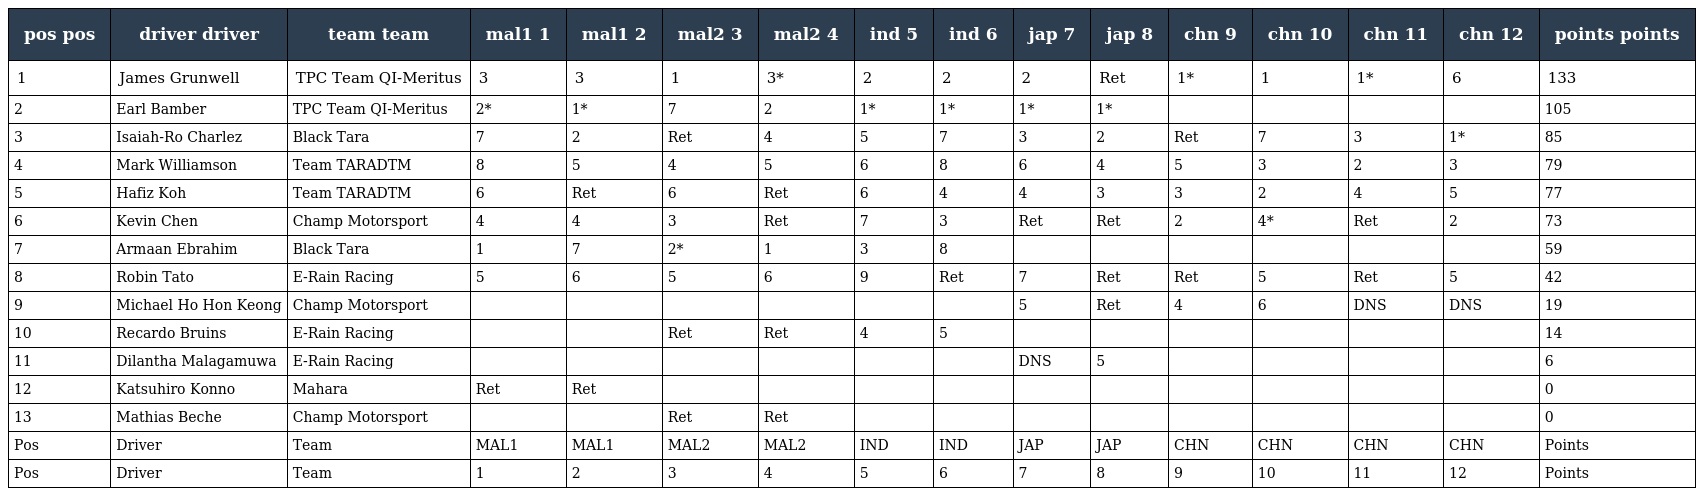
| pos pos | driver driver | team team | mal1 1 | mal1 2 | mal2 3 | mal2 4 | ind 5 | ind 6 | jap 7 | jap 8 | chn 9 | chn 10 | chn 11 | chn 12 | points points |
 | --- | --- | --- | --- | --- | --- | --- | --- | --- | --- | --- | --- | --- | --- | --- | --- |
 | 1 | James Grunwell | TPC Team QI-Meritus | 3 | 3 | 1 | 3* | 2 | 2 | 2 | Ret | 1* | 1 | 1* | 6 | 133 |
 | 2 | Earl Bamber | TPC Team QI-Meritus | 2* | 1* | 7 | 2 | 1* | 1* | 1* | 1* |  |  |  |  | 105 |
 | 3 | Isaiah-Ro Charlez | Black Tara | 7 | 2 | Ret | 4 | 5 | 7 | 3 | 2 | Ret | 7 | 3 | 1* | 85 |
 | 4 | Mark Williamson | Team TARADTM | 8 | 5 | 4 | 5 | 6 | 8 | 6 | 4 | 5 | 3 | 2 | 3 | 79 |
 | 5 | Hafiz Koh | Team TARADTM | 6 | Ret | 6 | Ret | 6 | 4 | 4 | 3 | 3 | 2 | 4 | 5 | 77 |
 | 6 | Kevin Chen | Champ Motorsport | 4 | 4 | 3 | Ret | 7 | 3 | Ret | Ret | 2 | 4* | Ret | 2 | 73 |
 | 7 | Armaan Ebrahim | Black Tara | 1 | 7 | 2* | 1 | 3 | 8 |  |  |  |  |  |  | 59 |
 | 8 | Robin Tato | E-Rain Racing | 5 | 6 | 5 | 6 | 9 | Ret | 7 | Ret | Ret | 5 | Ret | 5 | 42 |
 | 9 | Michael Ho Hon Keong | Champ Motorsport |  |  |  |  |  |  | 5 | Ret | 4 | 6 | DNS | DNS | 19 |
 | 10 | Recardo Bruins | E-Rain Racing |  |  | Ret | Ret | 4 | 5 |  |  |  |  |  |  | 14 |
 | 11 | Dilantha Malagamuwa | E-Rain Racing |  |  |  |  |  |  | DNS | 5 |  |  |  |  | 6 |
 | 12 | Katsuhiro Konno | Mahara | Ret | Ret |  |  |  |  |  |  |  |  |  |  | 0 |
 | 13 | Mathias Beche | Champ Motorsport |  |  | Ret | Ret |  |  |  |  |  |  |  |  | 0 |
 | Pos | Driver | Team | MAL1 | MAL1 | MAL2 | MAL2 | IND | IND | JAP | JAP | CHN | CHN | CHN | CHN | Points |
 | Pos | Driver | Team | 1 | 2 | 3 | 4 | 5 | 6 | 7 | 8 | 9 | 10 | 11 | 12 | Points |